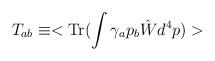
LaTeX: \begin{align*}T_{ab} \equiv <{\rm Tr}(\int \gamma_a p_b\hat{W} d^4p)>\end{align*}